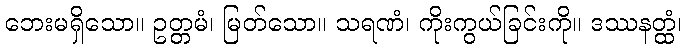
ဘေးမရှိသော။ ဥတ္တမံ၊ မြတ်သော။ သရဏံ၊ ကိုးကွယ်ခြင်းကို။ ဒဿနတ္ထံ၊